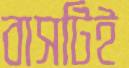
বাসটিই